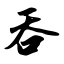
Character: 吞